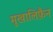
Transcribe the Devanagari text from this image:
मुखालिफ़ैन